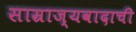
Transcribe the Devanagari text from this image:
साम्राज्यवादाची